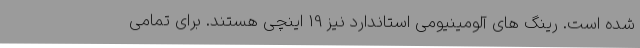
شده است. رینگ های آلومینیومی استاندارد نیز 19 اینچی هستند. برای تمامی